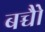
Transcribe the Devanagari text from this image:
बच्चोेैं